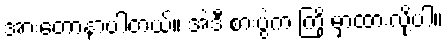
အားတော့နာပါတယ်။ အဲဒီ စားပွဲက ကြို မှာထားလို့ပါ။